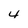
Character: 4